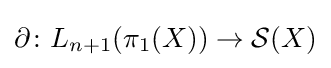
\partial \colon L_{n+1}(\pi _{1}(X))\to {\mathcal {S}}(X)